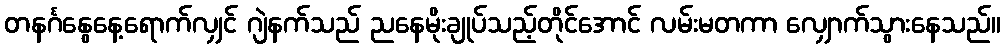
တနင်္ဂနွေနေ့ရောက်လျှင် ဂျဲနက်သည် ညနေမိုးချုပ်သည့်တိုင်အောင် လမ်းမတကာ လျှောက်သွားနေသည်။